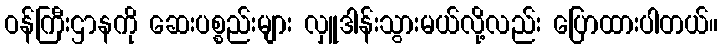
ဝန်ကြီးဌာနကို ဆေးပစ္စည်းများ လှူဒါန်းသွားမယ်လို့လည်း ပြောထားပါတယ်။